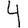
Digit: 4